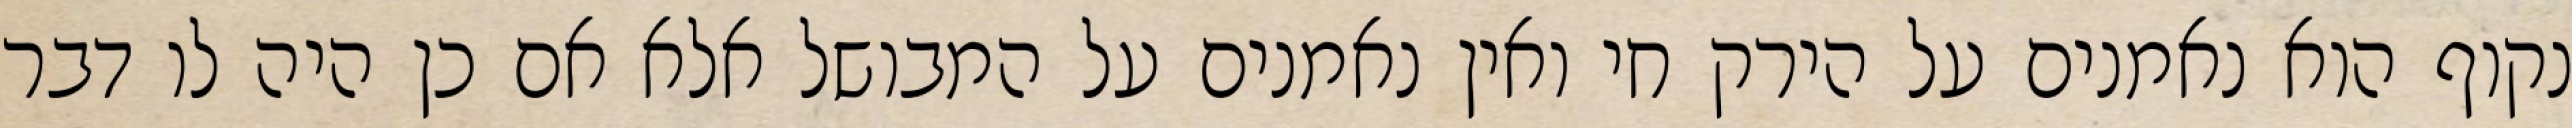
נקוף הוא נאמנים על הירק חי ואין נאמנים על המבושל אלא אם כן היה לו דבר